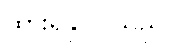
ထားရှိနိုင်ပါသည်